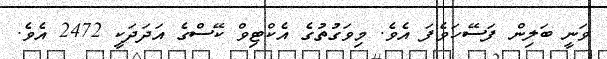
ވަނީ ބަލިން ފަސޭހަވެފަ އެވެ. މިވަގުތުގެ އެކްޓިވް ކޭސްގެ އަަދަދަކީ 2472 އެވެ.